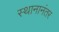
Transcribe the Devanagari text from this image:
स्थानानंतर